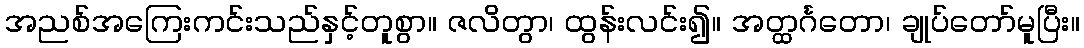
အညစ်အကြေးကင်းသည်နှင့်တူစွာ။ ဇလိတွာ၊ ထွန်းလင်း၍။ အတ္ထင်္ဂတော၊ ချုပ်တော်မူပြီး။